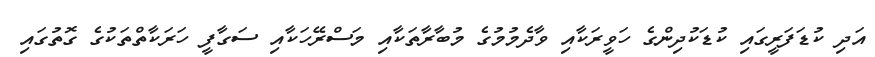
އަދި ކުޑަފަރީގައި ކުޑަކުދިންގެ ހަވީރަކާއި ވާދެމުމުގެ މުބާރާތަކާއި މަސްރޭހަކާއި ސަގާފީ ހަރަކާތްތަކުގެ ގޮތުގައި